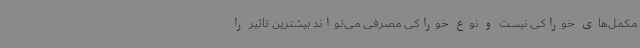
مکمل‌های خوراکی نیست و نوع خوراکی مصرفی می‌تواند بیشترین تاثیر را